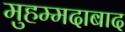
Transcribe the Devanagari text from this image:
मुहम्‍मदाबाद